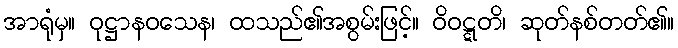
အာရုံမှ။ ဝုဋ္ဌာနဝသေန၊ ထသည်၏အစွမ်းဖြင့်။ ဝိဝဋ္ဋတိ၊ ဆုတ်နစ်တတ်၏။